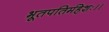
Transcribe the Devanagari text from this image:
भूतपतिर्महेशः।।